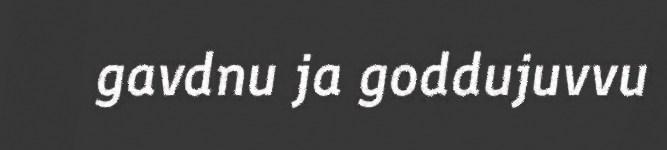
gavdnu ja goddujuvvu